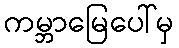
ကမ္ဘာမြေပေါ်မှ